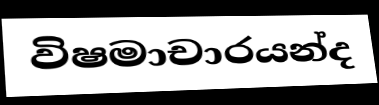
විෂමාචාරයන්ද